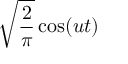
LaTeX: { \sqrt { \frac { 2 } { \pi } } } \cos ( u t )